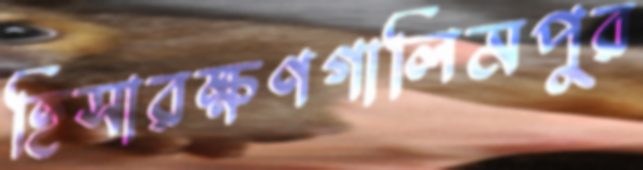
হিসারক্ষণগালিমপুর